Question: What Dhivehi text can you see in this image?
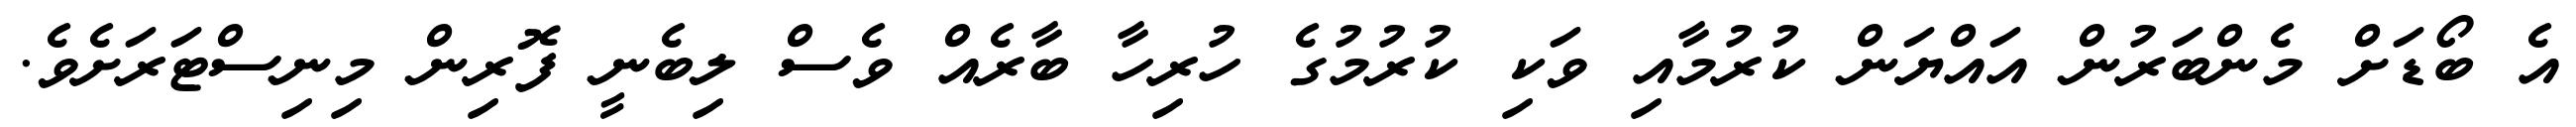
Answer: އެ ބޯޑަށް މެންބަރުން އައްޔަން ކުރުމާއި ވަކި ކުރުމުގެ ހުރިހާ ބާރެއް ވެސް ލިބެނީ ފޮރިން މިނިސްޓަރަށެވެ.